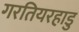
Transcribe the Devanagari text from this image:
गरतियरहाडु